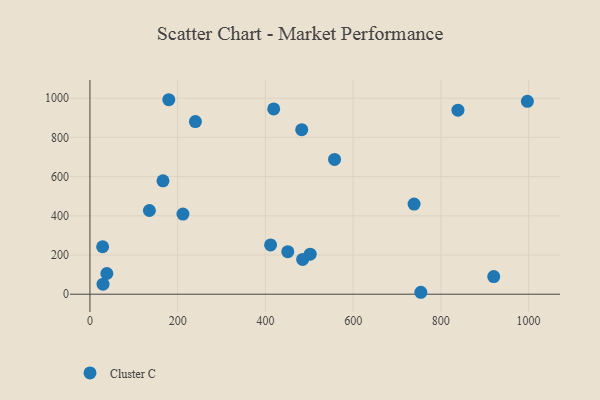
{"axis": {"x": "Experience", "y": "Rating"}, "legend": ["Cluster C"], "data": [{"x": "29.8", "y": 51.1, "type": "Cluster C"}, {"x": "135.5", "y": 427.1, "type": "Cluster C"}, {"x": "212.0", "y": 408.8, "type": "Cluster C"}, {"x": "38.5", "y": 105.5, "type": "Cluster C"}, {"x": "240.4", "y": 880.9, "type": "Cluster C"}, {"x": "482.8", "y": 839.3, "type": "Cluster C"}, {"x": "754.3", "y": 9.8, "type": "Cluster C"}, {"x": "179.7", "y": 992.3, "type": "Cluster C"}, {"x": "28.9", "y": 242.1, "type": "Cluster C"}, {"x": "557.6", "y": 687.6, "type": "Cluster C"}, {"x": "920.5", "y": 89.9, "type": "Cluster C"}, {"x": "418.9", "y": 945.6, "type": "Cluster C"}, {"x": "738.9", "y": 459.7, "type": "Cluster C"}, {"x": "502.1", "y": 204.1, "type": "Cluster C"}, {"x": "451.0", "y": 217.1, "type": "Cluster C"}, {"x": "484.9", "y": 177.4, "type": "Cluster C"}, {"x": "411.8", "y": 251.4, "type": "Cluster C"}, {"x": "997.2", "y": 983.9, "type": "Cluster C"}, {"x": "838.9", "y": 939.0, "type": "Cluster C"}, {"x": "166.5", "y": 578.5, "type": "Cluster C"}]}